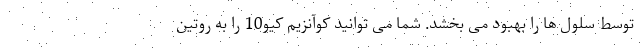
توسط سلول ها را بهبود می بخشد. شما می توانید کوآنزیم کیو10 را به روتین